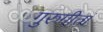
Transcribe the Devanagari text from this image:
गुरुगीतां